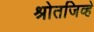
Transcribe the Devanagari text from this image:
श्रोतजिव्हे